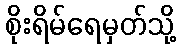
စိုးရိမ်ရေမှတ်သို့